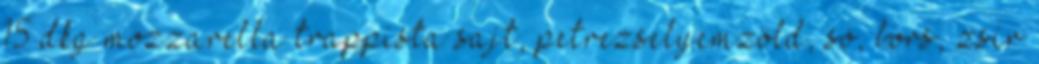
15 dkg mozzarella trappista sajt, petrezselyemzöld, só, bors, zsír